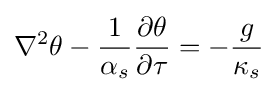
\nabla ^{2}\theta -{\frac {1}{\alpha _{s}}}{\frac {\partial \theta }{\partial \tau }}=-{\frac {g}{\kappa _{s}}}